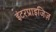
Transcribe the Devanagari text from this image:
इंटरप्राइजिज़